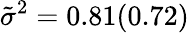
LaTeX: \tilde{\sigma}^{2}=0.81(0.72)